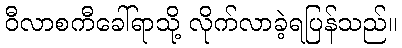
ဝီလာစကီခေါ်ရာသို့ လိုက်လာခဲ့ရပြန်သည်။